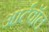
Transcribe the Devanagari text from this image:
आर्टवॉल